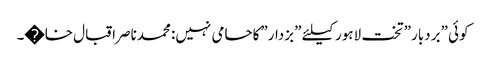
کوئی ”بردبار” تخت لاہور کیلئے ”بزدار”کاحامی نہیں: محمدناصراقبال خا�۔